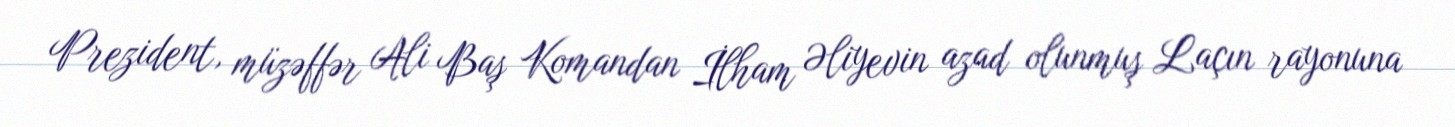
Prezident, müzəffər Ali Baş Komandan İlham Əliyevin azad olunmuş Laçın rayonuna